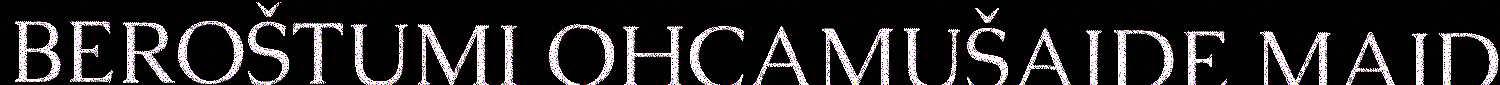
BEROŠTUMI OHCAMUŠAIDE MAID